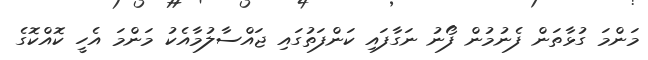
މަންމަ ގުޅާތަން ފެނުމުން ފޯނު ނަގާފައި ކަންފަތުގައި ޖައްސާލުމާއެކު މަންމަ އެހީ ކޮއްކޮގެ